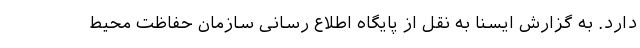
دارد. به گزارش ایسنا به نقل از پایگاه اطلاع رسانی سازمان حفاظت محیط